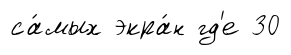
са́мых экра́н гд'е 30